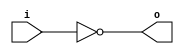
module invert_16bit (input wire [15:0] i,output wire [15:0] o);
  	assign o = ~i;
endmodule


module invert_2bit(input wire i,output wire o);
	assign o = !i;
endmodule


module and2_16bit (input wire [15:0] i0, i1,output wire [15:0] o);
  	assign o = i0 & i1;
endmodule


module mux2_16bit (input wire [15:0] i0, i1,input wire j,output wire [15:0] o);
  	assign o = (j == 0) ? i0 : i1;
endmodule


module df_16bit (input wire clk,input wire [15:0] in,output wire [15:0] out);
  	reg [15:0] df_out;
  	always @(posedge clk) df_out <= in;
  	assign out = df_out;
endmodule


module dfr_16bit (input wire clk, input wire reset, input wire [15:0] in, output wire [15:0] out);
    	wire [15:0] df_in, clk_;
	wire [15:0] extend_reset;

    	invert_2bit i0 (.i(reset), .o(reset_));
	
	assign extend_reset = {16{reset}};
    	and2_16bit and2_0 (.i0(in), .i1(extend_reset), .o(df_in));

    	df_16bit df_0 (.clk(clk), .in(df_in), .out(out));

endmodule


module dfl_16bit (input wire clk, load,input wire [15:0] in,output wire [15:0] out);
  	wire [15:0] _in;
  	mux2_16bit mux2_0 (.i0(out), .i1(in), .j(load), .o(_in));
  	df_16bit df_1 (.clk(clk), .in(_in), .out(out));
endmodule